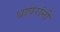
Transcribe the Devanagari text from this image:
थापरांनी